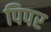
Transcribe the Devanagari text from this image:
पिपर